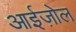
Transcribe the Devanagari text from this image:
आईज़ोल